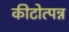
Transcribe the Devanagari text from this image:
कीटोत्पन्न